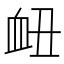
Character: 衄